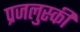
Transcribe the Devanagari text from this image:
प्रजलुस्की